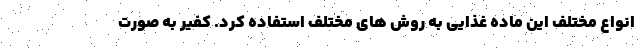
انواع مختلف این ماده غذایی به روش های مختلف استفاده کرد. کفیر به صورت